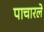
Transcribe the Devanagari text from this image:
पाचारले